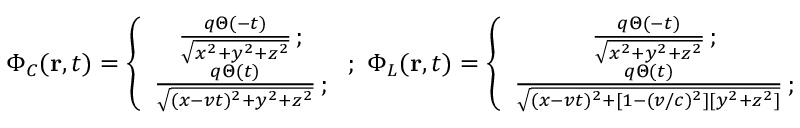
\Phi _ { C } ( { \bf r } , t ) = \left\{ \begin{array} { c c c } { \frac { q \Theta ( - t ) } { \sqrt { x ^ { 2 } + y ^ { 2 } + z ^ { 2 } } } \, ; } \\ { \frac { q \Theta ( t ) } { \sqrt { ( x - v t ) ^ { 2 } + y ^ { 2 } + z ^ { 2 } } } \, ; } \end{array} \right. ; \, \, \Phi _ { L } ( { \bf r } , t ) = \left\{ \begin{array} { c c c } { \frac { q \Theta ( - t ) } { \sqrt { x ^ { 2 } + y ^ { 2 } + z ^ { 2 } } } \, ; } \\ { \frac { q \Theta ( t ) } { \sqrt { ( x - v t ) ^ { 2 } + [ 1 - ( v / c ) ^ { 2 } ] [ y ^ { 2 } + z ^ { 2 } ] } } \, ; } \end{array} \right.